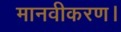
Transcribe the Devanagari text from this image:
मानवीकरण।